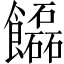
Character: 𩟬